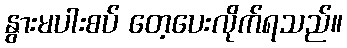
နွားမပါးစပ် တေ့ပေးလိုက်ရသည်။